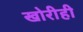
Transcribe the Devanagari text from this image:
खोरीही